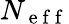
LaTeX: N_{\mathrm{~e~f~f~}}